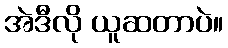
အဲဒီလို ယူဆတာပဲ။